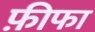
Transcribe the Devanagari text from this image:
फ़ीफा